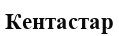
Кентастар